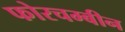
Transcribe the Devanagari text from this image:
फोरचम्बीन